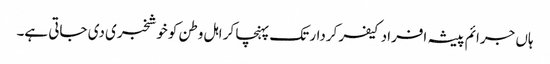
ہاں جرائم پیشہ افراد کیفر کردار تک پہنچا کر اہل وطن کو خوشخبری دی جاتی ہے۔